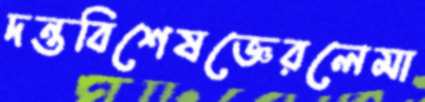
দন্তবিশেষজ্ঞেরলেমা